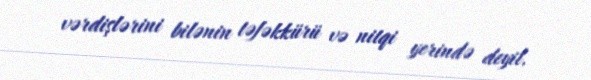
vərdişlərini bilənin təfəkkürü və nitqi yerində deyil.